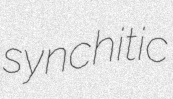
synchitic